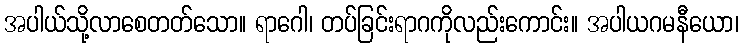
အပါယ်သို့လာစေတတ်သော။ ရာဂေါ၊ တပ်ခြင်းရာဂကိုလည်းကောင်း။ အပါယဂမနီယော၊